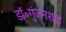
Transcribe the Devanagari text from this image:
डॉ॰गुंजनशाह